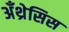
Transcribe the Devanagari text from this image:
अँथ्रेसिस